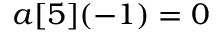
a [ 5 ] ( - 1 ) = 0